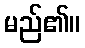
မည်၏။